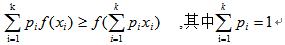
$\sum_{i = 1}^{k} p_{i} f(x_{i}) \geq f(\sum_{i = 1}^{k} p_{i} x_{i}) \text{ ,其中} \sum_{i = 1}^{k} p_{i} = 1$